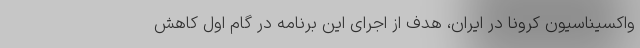
واکسیناسیون کرونا در ایران، هدف از اجرای این برنامه در گام اول کاهش